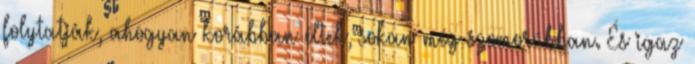
folytatják, ahogyan korábban éltek, sokan még szomorúbban. És igaz